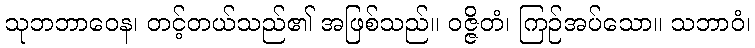
သုဘဘာဝေန၊ တင့်တယ်သည်၏ အဖြစ်သည်။ ဝဇ္ဇိတံ၊ ကြဉ်အပ်သော။ သဘာဝံ၊